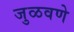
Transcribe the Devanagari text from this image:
जुळवणे